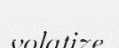
volatize